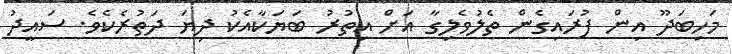
މަހިބަދޫ އިން ފުރައިގެން ތެލުވެލިގާ އަށް އިތުރު ބަޔަކާއެކު ދިޔަ ދަތުރެކެވެ. ސައީދު